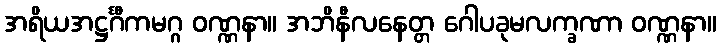
အရိယအဋ္ဌင်္ဂီကမဂ္ဂ ဝဏ္ဏနာ။ အဘိနီလနေတ္တ ဂေါပခုမလက္ခဏာ ဝဏ္ဏနာ။